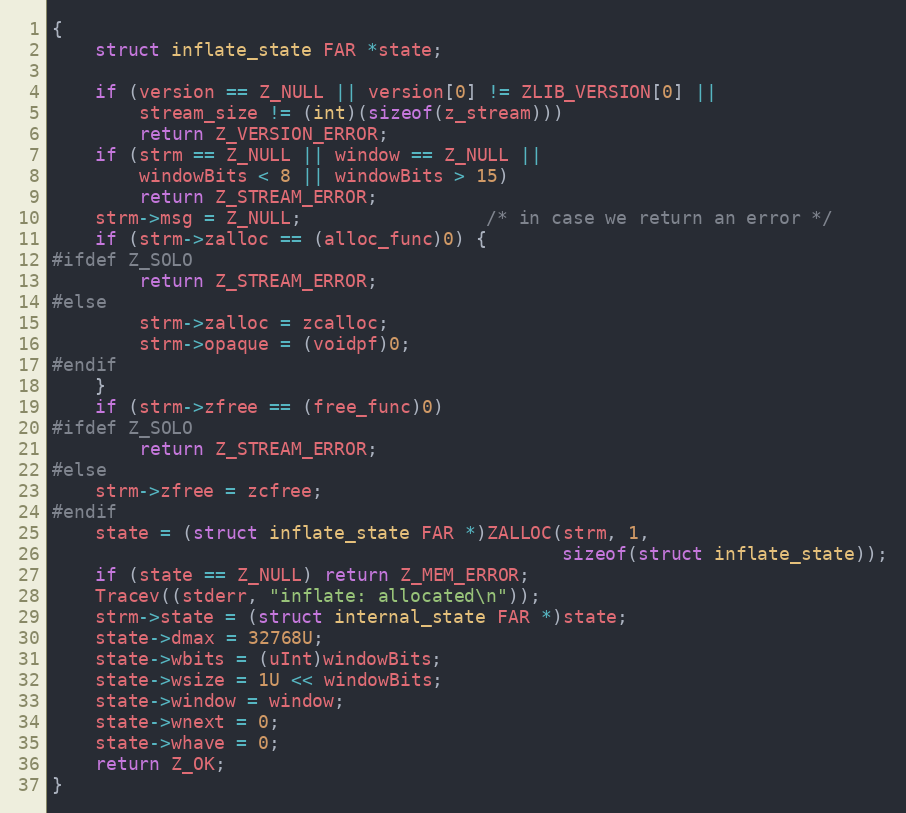
Language: C
{
    struct inflate_state FAR *state;

    if (version == Z_NULL || version[0] != ZLIB_VERSION[0] ||
        stream_size != (int)(sizeof(z_stream)))
        return Z_VERSION_ERROR;
    if (strm == Z_NULL || window == Z_NULL ||
        windowBits < 8 || windowBits > 15)
        return Z_STREAM_ERROR;
    strm->msg = Z_NULL;                 /* in case we return an error */
    if (strm->zalloc == (alloc_func)0) {
#ifdef Z_SOLO
        return Z_STREAM_ERROR;
#else
        strm->zalloc = zcalloc;
        strm->opaque = (voidpf)0;
#endif
    }
    if (strm->zfree == (free_func)0)
#ifdef Z_SOLO
        return Z_STREAM_ERROR;
#else
    strm->zfree = zcfree;
#endif
    state = (struct inflate_state FAR *)ZALLOC(strm, 1,
                                               sizeof(struct inflate_state));
    if (state == Z_NULL) return Z_MEM_ERROR;
    Tracev((stderr, "inflate: allocated\n"));
    strm->state = (struct internal_state FAR *)state;
    state->dmax = 32768U;
    state->wbits = (uInt)windowBits;
    state->wsize = 1U << windowBits;
    state->window = window;
    state->wnext = 0;
    state->whave = 0;
    return Z_OK;
}